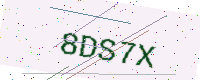
Text: 8DS7X